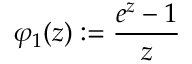
\varphi _ { 1 } ( z ) : = \frac { e ^ { z } - 1 } z